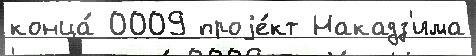
конца́ 0009 проjе́кт Накадз'има